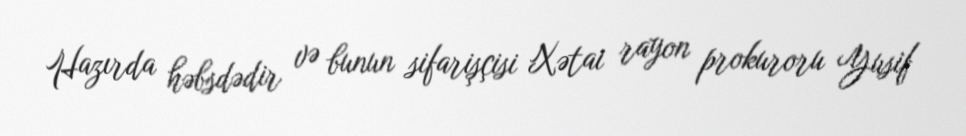
Hazırda həbsdədir və bunun sifarişçisi Xətai rayon prokuroru Yusif